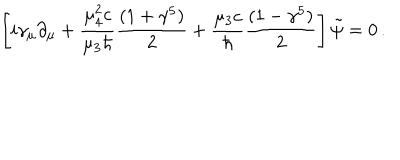
LaTeX: \left[ i \gamma _ { \mu } \partial _ { \mu } + { \frac { \mu _ { 4 } ^ { 2 } c } { \mu _ { 3 } \hbar } } { \frac { ( 1 + \gamma ^ { 5 } ) } { 2 } } + { \frac { \mu _ { 3 } c } { \hbar } } { \frac { ( 1 - \gamma ^ { 5 } ) } { 2 } } \right] \tilde { \psi } = 0 \, .